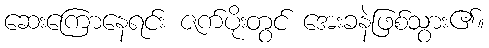
ဆေးကြောနေရင်း ဇက်ပိုးတွင် အေးခနဲဖြစ်သွား၏။